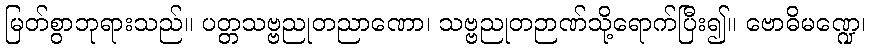
မြတ်စွာဘုရားသည်။ ပတ္တသဗ္ဗညုတညာဏော၊ သဗ္ဗညုတဉာဏ်သို့ရောက်ပြီး၍။ ဗောဓိမဏ္ဍေ၊